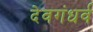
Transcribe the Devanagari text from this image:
देवगंधर्व